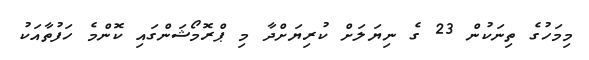
މިމަހުގެ ތިނަކުން 23 ގެ ނިޔަލަށް ކުރިޔަށްދާ މި ޕްރޮމޯޝަންގައި ކޮންމެ ހަފުތާއަކު